Indian journal of veterinary science and animal husbandry - Volume 2,
Year: 1932
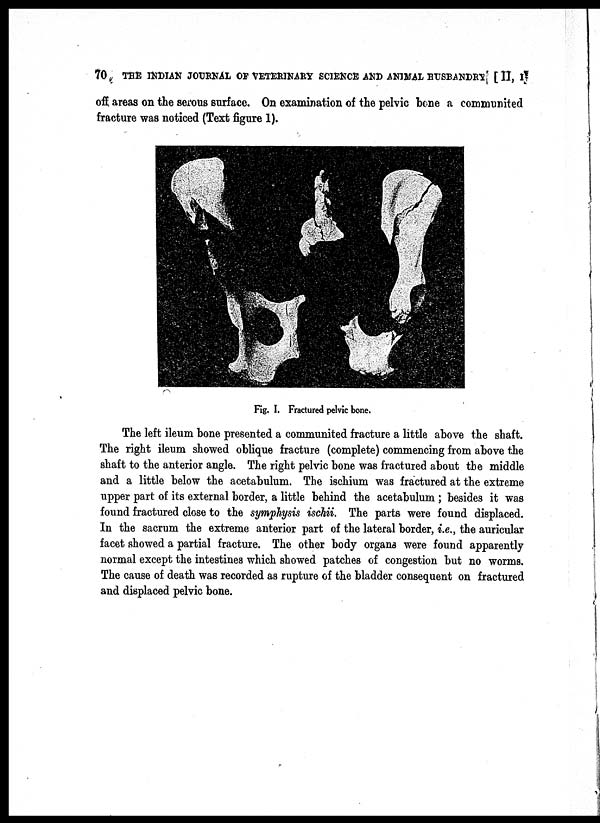
70 THE INDIAN JOURNAL OF VETERINARY SCIENCE AND ANIMAL HUSBANDRY [ II, I
off areas on the serous surface. On examination of the pelvic bene a communited
fracture was noticed (Text figure 1).
Fig. I. Fractured pelvic bone.
The left ileum bone presented a communited fracture a little above the shaft.
The right ileum showed oblique fracture (complete) commencing from above the
shaft to the anterior angle. The right pelvic bone was fractured about the middle
and a little below the acetabulum. The ischium was fractured at the extreme
upper part of its external border, a little behind the acetabulum; besides it was
found fractured close to the symphysis ischii. The parts were found displaced.
In the sacrum the extreme anterior part of the lateral border, i.e., the auricular
facet showed a partial fracture. The other body organs were found apparently
normal except the intestines which showed patches of congestion but no worms.
The cause of death was recorded as rupture of the bladder consequent on fractured
and displaced pelvic bone.